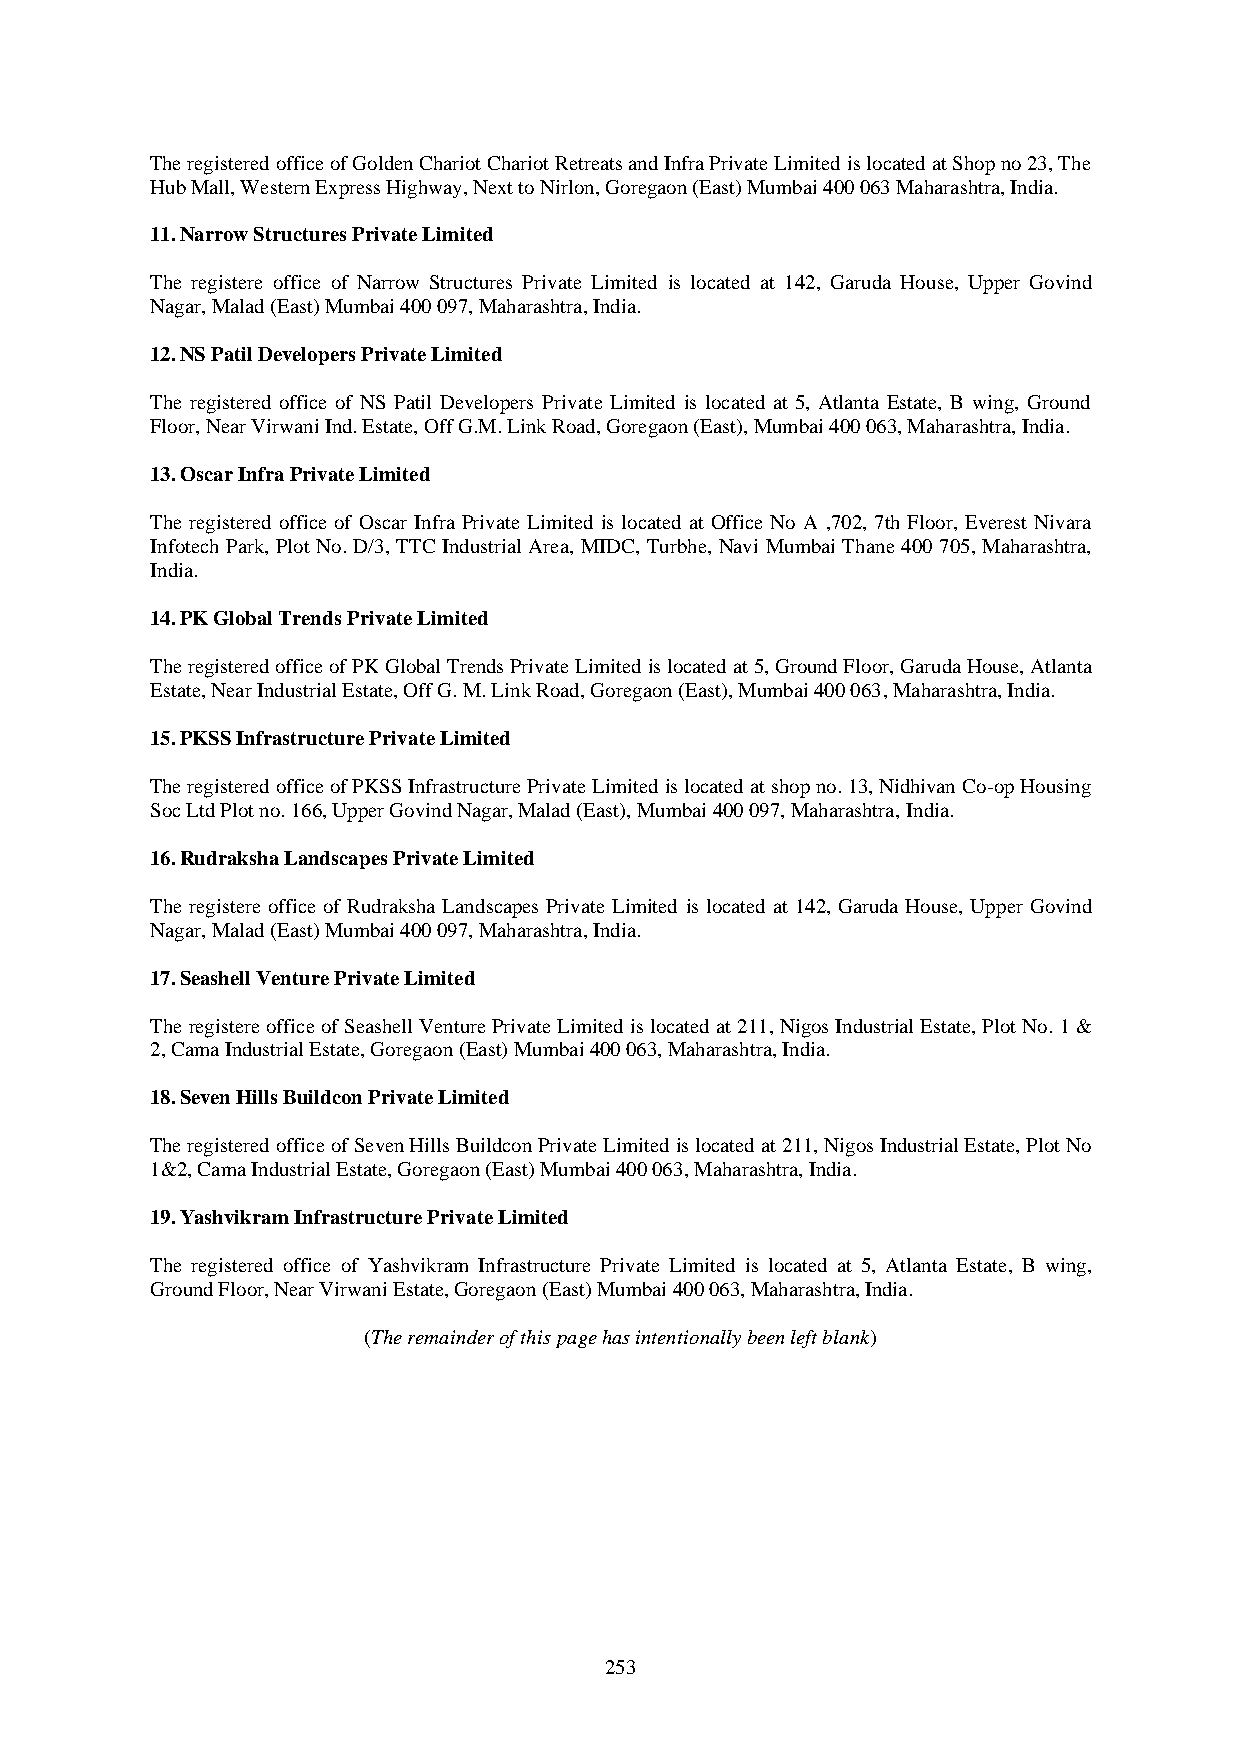
The registered office of Golden Chariot Chariot Retreats and Infra Private Limited is located at Shop no 23, The
 Hub Mall, Western Express Highway, Next to Nirlon, Goregaon (East) Mumbai 400 063 Maharashtra, India.
 11. Narrow Structures Private Limited
 The registere office of Narrow Structures Private Limited is located at 142, Garuda House, Upper Govind
 Nagar, Malad (East) Mumbai 400 097, Maharashtra, India.
 12. NS Patil Developers Private Limited
 The registered office of NS Patil Developers Private Limited is located at 5, Atlanta Estate, B wing, Ground
 Floor, Near Virwani Ind. Estate, Off G.M. Link Road, Goregaon (East), Mumbai 400 063, Maharashtra, India.
 13. Oscar Infra Private Limited
 The registered office of Oscar Infra Private Limited is located at Office No A ,702, 7th Floor, Everest Nivara
 Infotech Park, Plot No. D/3, TTC Industrial Area, MIDC, Turbhe, Navi Mumbai Thane 400 705, Maharashtra,
 India.
 14. PK Global Trends Private Limited
 The registered office of PK Global Trends Private Limited is located at 5, Ground Floor, Garuda House, Atlanta
 Estate, Near Industrial Estate, Off G. M. Link Road, Goregaon (East), Mumbai 400 063, Maharashtra, India.
 15. PKSS Infrastructure Private Limited
 The registered office of PKSS Infrastructure Private Limited is located at shop no. 13, Nidhivan Co-op Housing
 Soc Ltd Plot no. 166, Upper Govind Nagar, Malad (East), Mumbai 400 097, Maharashtra, India.
 16. Rudraksha Landscapes Private Limited
 The registere office of Rudraksha Landscapes Private Limited is located at 142, Garuda House, Upper Govind
 Nagar, Malad (East) Mumbai 400 097, Maharashtra, India.
 17. Seashell Venture Private Limited
 The registere office of Seashell Venture Private Limited is located at 211, Nigos Industrial Estate, Plot No. 1 &
 2, Cama Industrial Estate, Goregaon (East) Mumbai 400 063, Maharashtra, India.
 18. Seven Hills Buildcon Private Limited
 The registered office of Seven Hills Buildcon Private Limited is located at 211, Nigos Industrial Estate, Plot No
 1&2, Cama Industrial Estate, Goregaon (East) Mumbai 400 063, Maharashtra, India.
 19. Yashvikram Infrastructure Private Limited
 The registered office of Yashvikram Infrastructure Private Limited is located at 5, Atlanta Estate, B wing,
 Ground Floor, Near Virwani Estate, Goregaon (East) Mumbai 400 063, Maharashtra, India.
 (The remainder of this page has intentionally been left blank)
 253